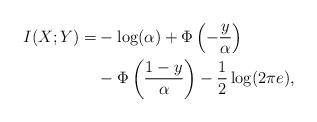
LaTeX: \begin{align*} I(X;Y)=&-\log(\alpha)+\Phi\left(-\frac{y}{\alpha}\right)\\ &-\Phi\left(\frac{1-y}{\alpha}\right)-\frac12\log(2\pi e), \end{align*}